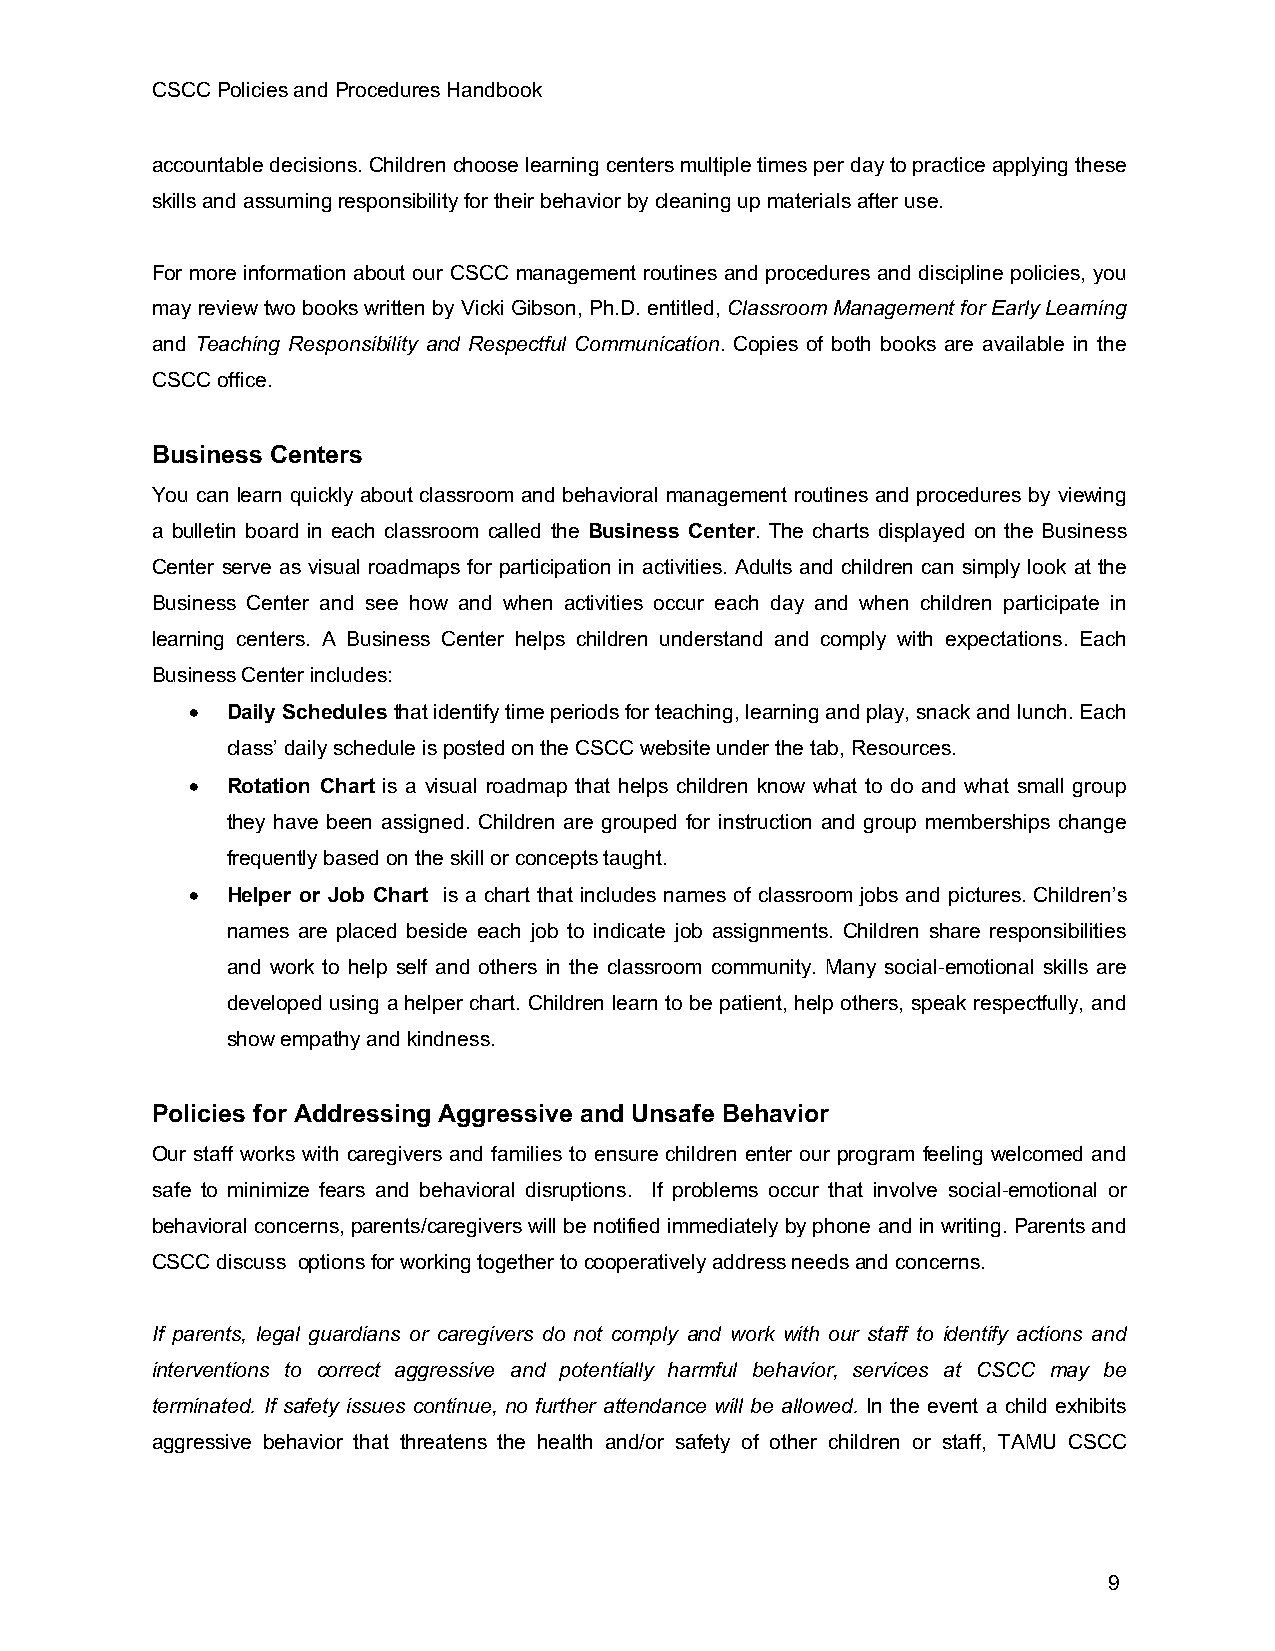
CSCC Policies and Procedures Handbook
 accountable decisions. Children choose learning centers multiple times per day to practice applying these
 skills and assuming responsibility for their behavior by cleaning up materials after use.
 For more information about our CSCC management routines and procedures and discipline policies, you
 may review two books written by Vicki Gibson, Ph.D. entitled, Classroom Management for Early Learning
 and Teaching Responsibility and Respectful Communication. Copies of both books are available in the
 CSCC office.
 Business Centers
 You can learn quickly about classroom and behavioral management routines and procedures by viewing
 a bulletin board in each classroom called the Business Center. The charts displayed on the Business
 Center serve as visual roadmaps for participation in activities. Adults and children can simply look at the
 Business Center and see how and when activities occur each day and when children participate in
 learning centers. A Business Center helps children understand and comply with expectations. Each
 Business Center includes:
 • Daily Schedules that identify time periods for teaching, learning and play, snack and lunch. Each
 class’ daily schedule is posted on the CSCC website under the tab, Resources.
 • Rotation Chart is a visual roadmap that helps children know what to do and what small group
 they have been assigned. Children are grouped for instruction and group memberships change
 frequently based on the skill or concepts taught.
 • Helper or Job Chart is a chart that includes names of classroom jobs and pictures. Children’s
 names are placed beside each job to indicate job assignments. Children share responsibilities
 and work to help self and others in the classroom community. Many social-emotional skills are
 developed using a helper chart. Children learn to be patient, help others, speak respectfully, and
 show empathy and kindness.
 Policies for Addressing Aggressive and Unsafe Behavior
 Our staff works with caregivers and families to ensure children enter our program feeling welcomed and
 safe to minimize fears and behavioral disruptions. If problems occur that involve social-emotional or
 behavioral concerns, parents/caregivers will be notified immediately by phone and in writing. Parents and
 CSCC discuss options for working together to cooperatively address needs and concerns.
 If parents, legal guardians or caregivers do not comply and work with our staff to identify actions and
 interventions to correct aggressive and potentially harmful behavior, services at CSCC may be
 terminated. If safety issues continue, no further attendance will be allowed. In the event a child exhibits
 aggressive behavior that threatens the health and/or safety of other children or staff, TAMU CSCC
 9